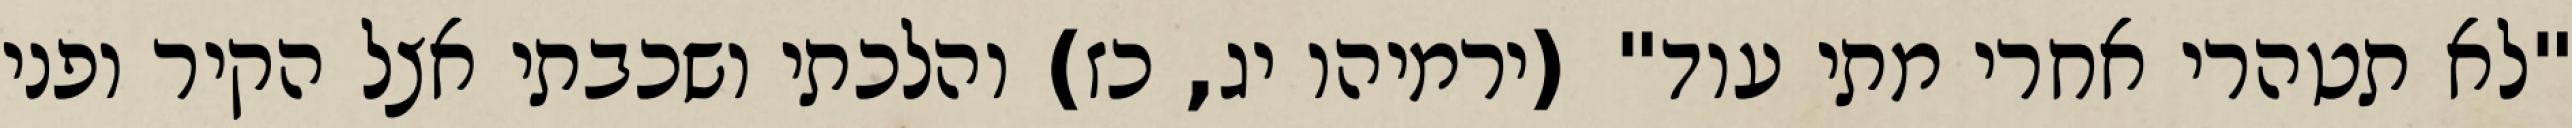
"לא תטהרי אחרי מתי עוד" (ירמיהו יג, כז) והלכתי ושכבתי אצל הקיר ופני